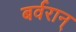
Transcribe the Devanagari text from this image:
बर्वरान्